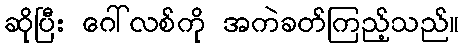
ဆိုပြီး ဂေါ်လစ်ကို အကဲခတ်ကြည့်သည်။